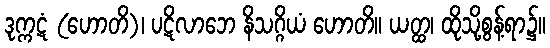
ဒုက္ကဋံ (ဟောတိ)၊ ပဋိလာဘေ နိသဂ္ဂိယံ ဟောတိ။ ယတ္ထ၊ ထိုသို့စွန့်ရာ၌။